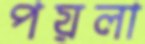
পয়লা